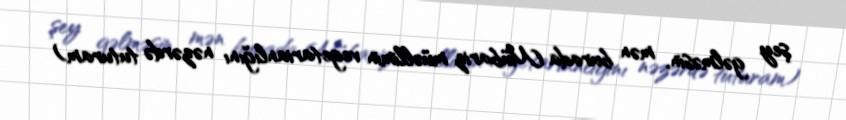
şey gəlməsin, mən burada Mübariz müəllimin vegetarianlığını nəzərdə tuturam)